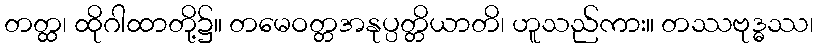
တတ္ထ၊ ထိုဂါထာတို့၌။ တမေဝတ္တအနုပ္ပတ္တိယာတိ၊ ဟူသည်ကား။ တဿဗုဒ္ဓဿ၊